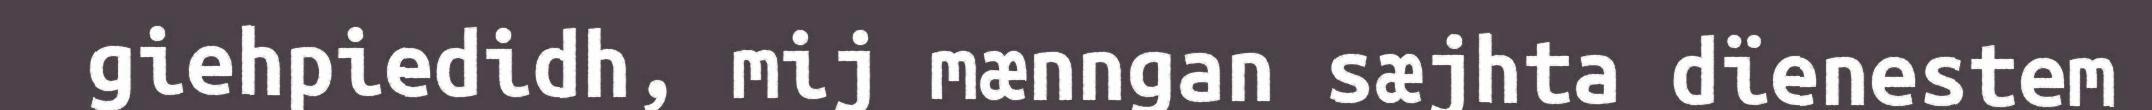
giehpiedidh, mij mænngan sæjhta dïenestem